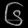
Digit: ၆